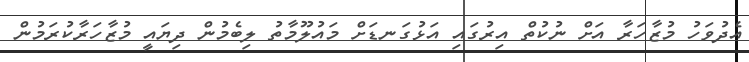
އެދުވަހު މުޒާހަރާ އަށް ނުކުތް އިރުގައި އަޅުގަނޑަށް މައުލޫމާތު ލިބެމުން ދިޔައީ މުޒާހަރާކުރަމުން